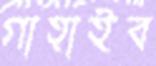
গাহাইব